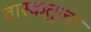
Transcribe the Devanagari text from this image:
वास्कतुला